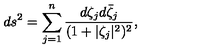
d s ^ { 2 } = \sum _ { j = 1 } ^ { n } \frac { d \zeta _ { j } d \bar { \zeta } _ { j } } { ( 1 + | \zeta _ { j } | ^ { 2 } ) ^ { 2 } } ,